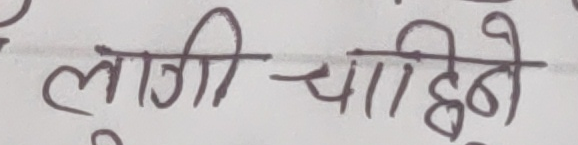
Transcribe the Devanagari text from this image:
लागी चाहिन्छने